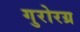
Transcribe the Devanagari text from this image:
गुरोरग्र